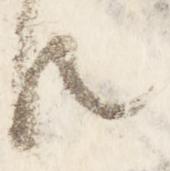
臣